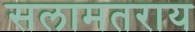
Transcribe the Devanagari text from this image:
सलामतराय